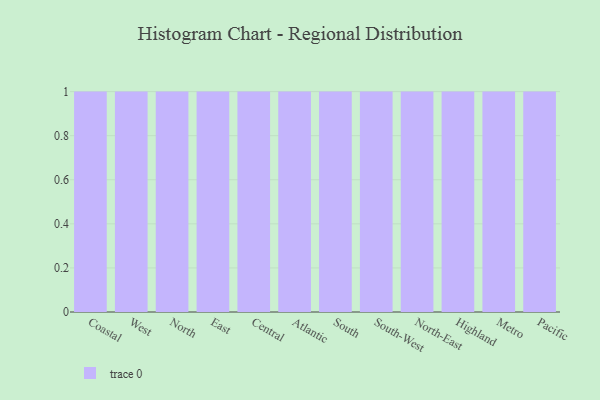
{"axis": {"x": "Region", "y": "Customer Acquisition Cost (USD)"}, "legend": [""], "data": [{"x": "Coastal", "y": 83, "type": ""}, {"x": "West", "y": 69, "type": ""}, {"x": "North", "y": 70, "type": ""}, {"x": "East", "y": 98, "type": ""}, {"x": "Central", "y": 87, "type": ""}, {"x": "Atlantic", "y": 15, "type": ""}, {"x": "South", "y": 76, "type": ""}, {"x": "South-West", "y": 87, "type": ""}, {"x": "North-East", "y": 60, "type": ""}, {"x": "Highland", "y": 51, "type": ""}, {"x": "Metro", "y": 62, "type": ""}, {"x": "Pacific", "y": 11, "type": ""}]}